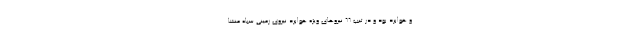
و هوابرد بود و در تیپ ۶۶ نیروهای ویژه هوابرد نیروی زمینی سپاه منشا